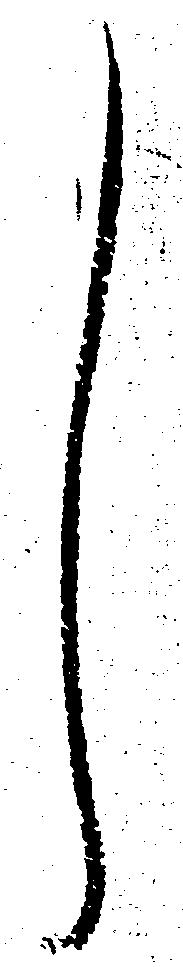
し